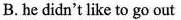
B. he didn't like to go out